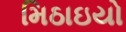
મિઠાઇયો